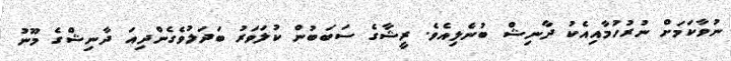
ނުވާކަމަށް ނުރުހުމާއިއެކު ދާނިޝް ބުނެލިއެވެ. ރީޝާގެ ސަބަބުން ކުލަވަރު ބަދަލުވެގެންދިއަ ދާނިޝްގެ މޫނުު